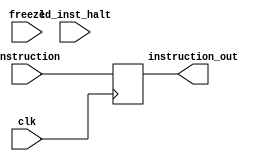
module IF(
    input ld_inst_halt,
    input [19:0] instruction,
    input freeze,
    input clk,
    
    output reg [19:0] instruction_out
);


always @(posedge clk) begin
      instruction_out = instruction;
end




endmodule